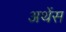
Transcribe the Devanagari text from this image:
अथेंस